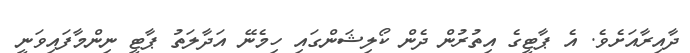
ދާއިރާއަށެވެ. އެ ޕާޓީގެ އިތުރުން ދެން ކޯލިޝަންގައި ހިމެނޭ އަދާލަތު ޕާޓީ ނިންމާފައިވަނީ